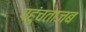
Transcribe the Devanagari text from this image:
पहुंचताजब